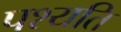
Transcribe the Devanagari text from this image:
पश्यति